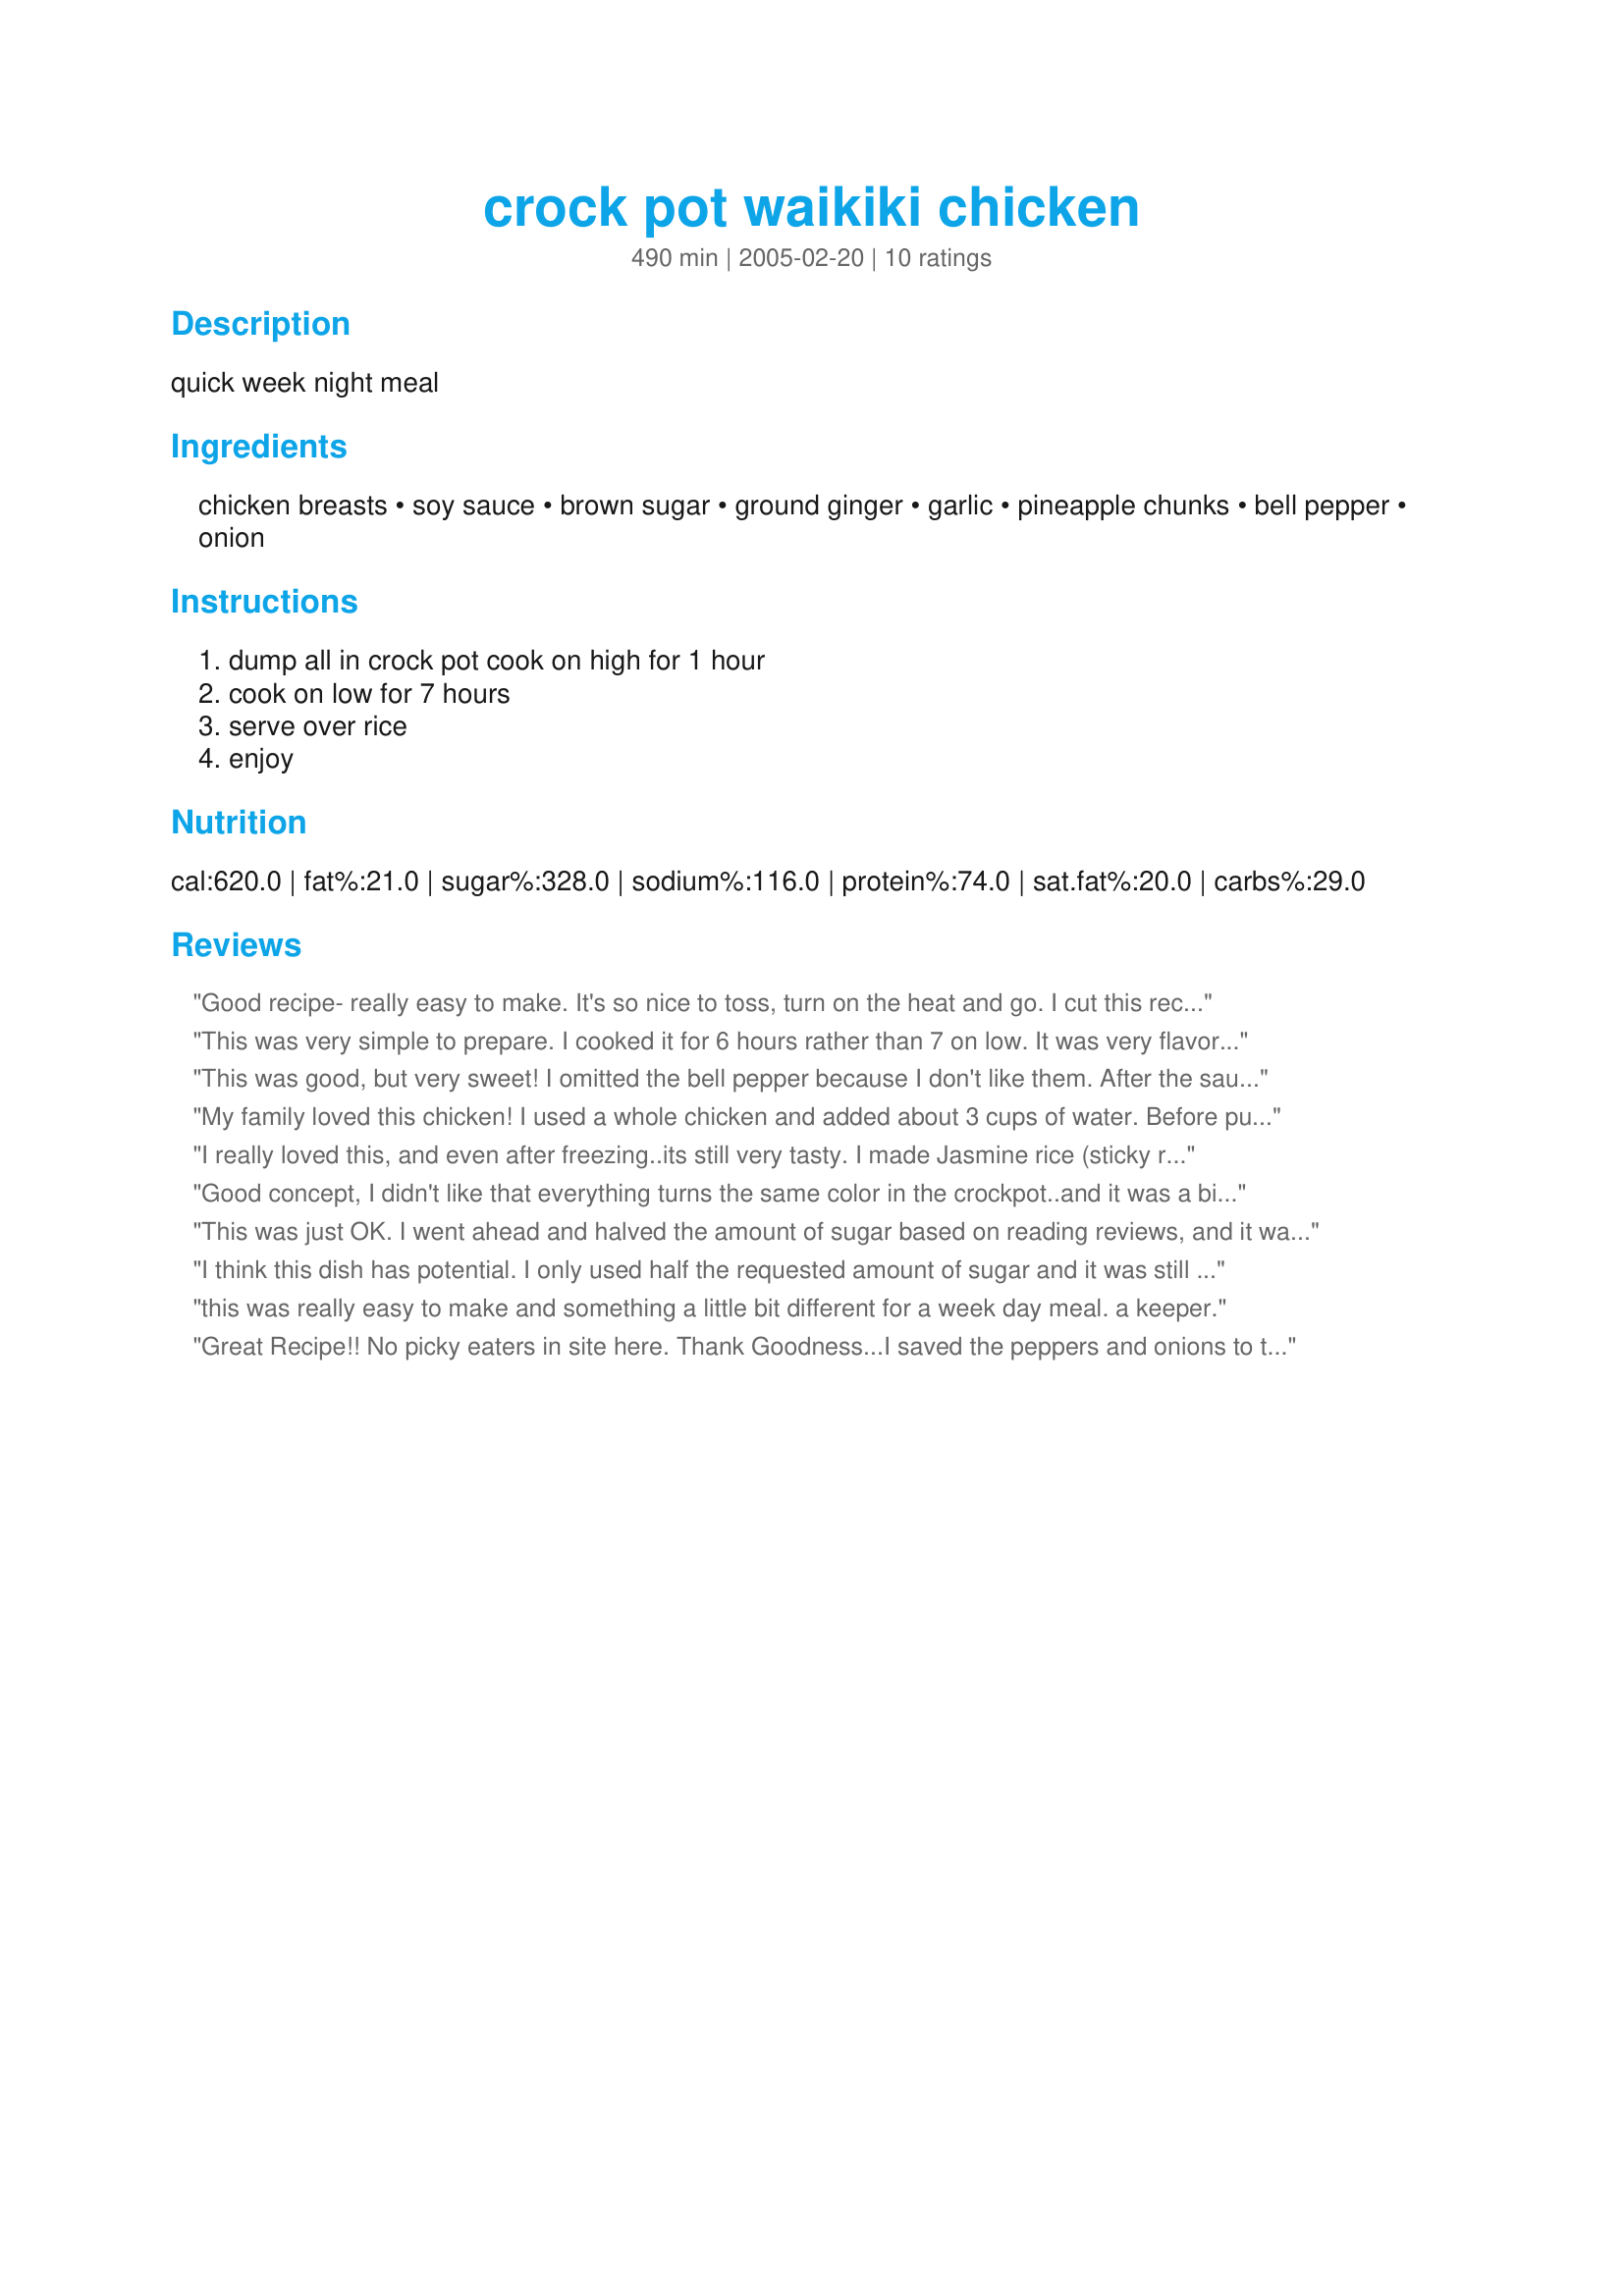
crock pot waikiki chicken
Preparation time: 490 minutes

quick week night meal

Ingredients:
chicken breasts, soy sauce, brown sugar, ground ginger, garlic, pineapple chunks, bell pepper, onion

Steps:
dump all in crock pot cook on high for 1 hour, cook on low for 7 hours, serve over rice, enjoy

Reviews:
Good recipe- really easy to make. It's so nice to toss, turn on the heat and go. I cut this recipe in half and used Splenda brown sugar instead of regular. I wasn't sure if I should use the juice from the pineapple, so I didn't and mine turned out fine. I also added some ginger in there too. Thanks for posting! I'll be making it again.
This was very simple to prepare. I cooked it for 6 hours rather than 7 on low. It was very flavorful and tender. I kept the onions and peppers in larger pieces so they could be easily removed by picky eaters. Although they didn't like the peppers, my children thought the chicken was delicious, and asked me to make it again. I really liked the easy one dish clean up.
This was good, but very sweet! I omitted the bell pepper because I don't like them. After the sauce had finished cooking, I thickened it with cornstarch and added a little chili paste for some spice. Served this with sticky rice and steamed broccoli. All in all an easy and tasty meal. Thanks!
My family loved this chicken! I used a whole chicken and added about 3 cups of water. Before putting the bird in the crockpot, I punctured it all over to help infuse the meat with the flavors of the juice. It was great. My husband wanted to give it 9 stars! Thanks for sharing.
I really loved this, and even after freezing..its still very tasty. I made Jasmine rice (sticky rice) to go with this dish. It was a perfect blend. And the house smelled so good while this dish was cooking. Very easy to prepare too. Thank you
Good concept, I didn't like that everything turns the same color in the crockpot..and it was a bit too much sugar. Next time, I will add pineapple later in the cooking so it keeps some color and stays crunchier and not soft. I will also reduce sugar and add more veggies. A recipe worth trying again, though the first go round wasn't a success. thanks for posting!
This was just OK. I went ahead and halved the amount of sugar based on reading reviews, and it was still a little too sweet.
I think this dish has potential. I only used half the requested amount of sugar and it was still way to sweet for my family. I think more veggies and less sugar would make this a very nice meal.
this was really easy to make and something a little bit different for a week day meal. a keeper.
Great Recipe!! No picky eaters in site here. Thank Goodness...I saved the peppers and onions to the last hour of cooking. Love the crunch. Went over really great. My friend and family loved it. Thank You very much for a wonderful recipe. Hugs
